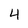
Character: 4